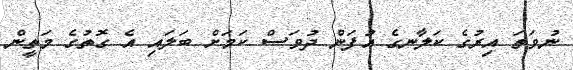
ނުވަތަ އިރުގެ ކަލާނގެ އުފަން ދުވަސް ކަމަށް ބަލައި އެ ގޮތުގެ މަތީން